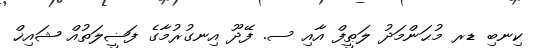
ކިނބި ޑރ މުޙަންމަދު ލަޠީފް އާއި ސ. ފޭދޫ އިނގުރުމާގެ ފަޟީލަތުއް ޝައިޚް